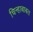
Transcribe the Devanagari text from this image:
चिन्हाबाबत